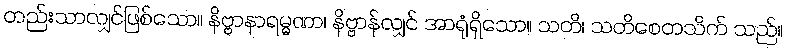
တည်းသာလျှင်ဖြစ်သော။ နိဗ္ဗာနာရမ္မဏာ၊ နိဗ္ဗာန်လျှင် အာရုံရှိသော။ သတိ၊ သတိစေတသိက် သည်။